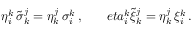
\eta _ { i } ^ { k } \, \tilde { \sigma } _ { k } ^ { j } = \eta _ { k } ^ { j } \, \sigma _ { i } ^ { k } \, , \ \ \ \ \ \, e t a _ { i } ^ { k } \tilde { \xi } _ { k } ^ { j } = \eta _ { k } ^ { j } \, \xi _ { i } ^ { k } \, .